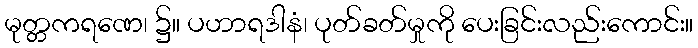
မုတ္တကရဏေ၊ ၌။ ပဟာရဒါနံ၊ ပုတ်ခတ်မှုကို ပေးခြင်းလည်းကောင်း။